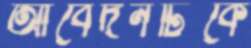
আবেদনটিকে